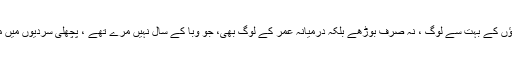
میرے گاﺅں کے بہت سے لوگ ، نہ صرف بوڑھے بلکہ درمیانہ عمر کے لوگ بھی، جو وبا کے سال نہیں مرے تھے ، پچھلی سردیوں میں مر گئے ۔